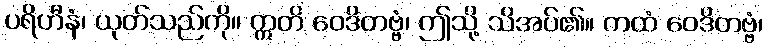
ပရိဟီနံ၊ ယုတ်သည်ကို။ ဣတိ ဝေဒိတဗ္ဗံ၊ ဤသို့ သိအပ်၏။ ကထံ ဝေဒိတဗ္ဗံ၊